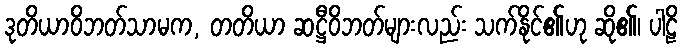
ဒုတိယာဝိဘတ်သာမက, တတိယာ ဆဋ္ဌီဝိဘတ်များလည်း သက်နိုင်၏ဟု ဆို၏၊ ပါဠိ